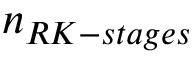
n _ { R K - s t a g e s }